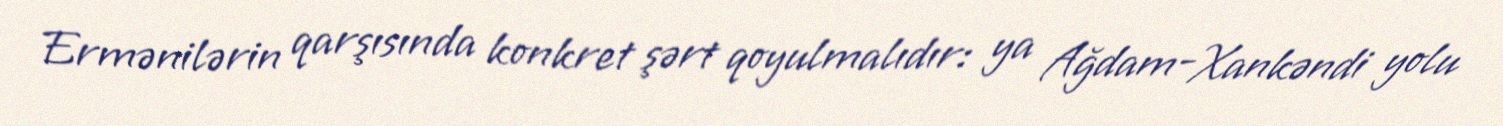
Ermənilərin qarşısında konkret şərt qoyulmalıdır: ya Ağdam-Xankəndi yolu